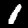
Digit: 1